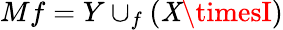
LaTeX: Mf=Y\cup_{f}(\mathit{X}\timesI)